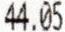
44.05